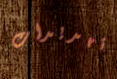
تهديدات